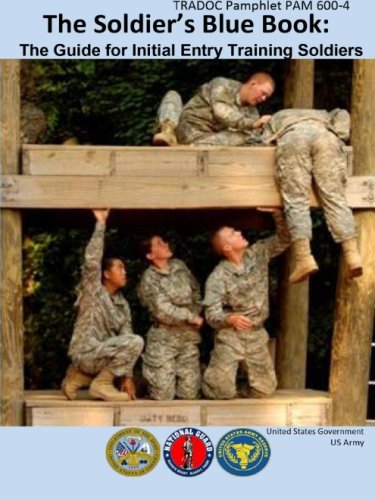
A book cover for TRADOC Pamphlet PAM 600-4 The Solder's Blue Book: The Guide for Initial Entry Training Soldiers Change 1   27 October 2014 US Army; United States Government US Army; Test Preparation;